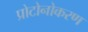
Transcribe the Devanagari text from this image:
प्रोटोनोकरण